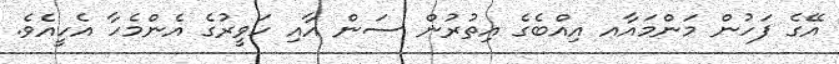
އޭގެ ފަހުން މަންމައާއ އިއްބެގެ އިތުރުން ސަން އާއި ހަވީރުގެ އެންމެހާ އެހީއެވެ.